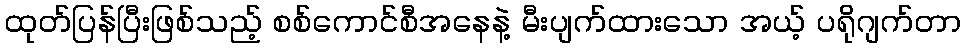
ထုတ်ပြန်ပြီးဖြစ်သည့် စစ်ကောင်စီအနေနဲ့ မီးပျက်ထားသော အယ့် ပရိုဂျက်တာ